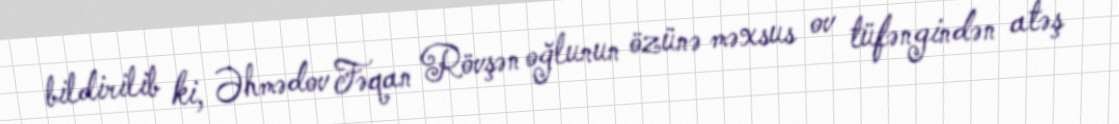
bildirilib ki, Əhmədov Fəqan Rövşən oğlunun özünə məxsus ov tüfəngindən atəş